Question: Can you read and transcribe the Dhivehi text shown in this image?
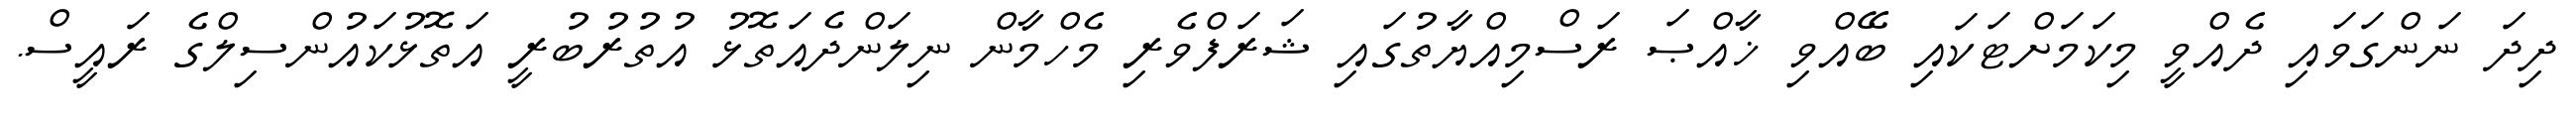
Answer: ދިދަ ނަންގަވައި ދެއްވީ މިކަމަށްޓަކައި ބޭއްވި ޚާއްޞަ ރަސްމިއްޔާތުގައި ޝަރަފްވެރި މެހްމާން ނިލަންދެއަތޮޅު އުތުރުބުރީ އަތޮޅުކައުންސިލްގެ ރައީސް.